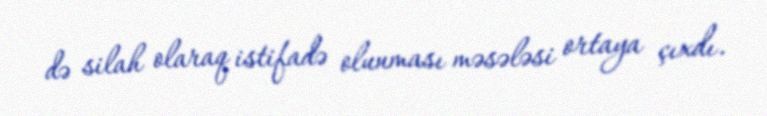
də silah olaraq istifadə olunması məsələsi ortaya çıxdı.